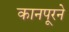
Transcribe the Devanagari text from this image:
कानपूरने